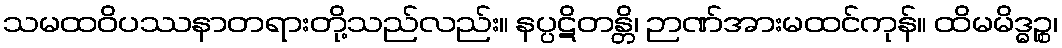
သမထဝိပဿနာတရားတို့သည်လည်း။ နပ္ပဋိတန္တိ၊ ဉာဏ်အားမထင်ကုန်။ ထိမမိဒ္ဓဉ္စ၊